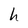
Character: h